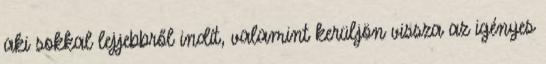
aki sokkal lejjebbről indít, valamint kerüljön vissza az igényes